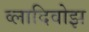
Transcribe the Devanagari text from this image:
व्लादिवोझ